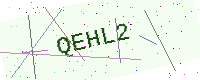
Text: QEHL2